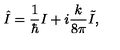
\hat { I } = { \frac { 1 } { \hbar } } I + i { \frac { k } { 8 \pi } } \tilde { I } ,